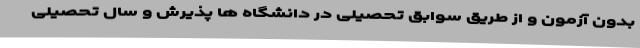
بدون آزمون و از طریق سوابق تحصیلی در دانشگاه ها پذیرش و سال تحصیلی